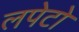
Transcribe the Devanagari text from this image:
लपेटो